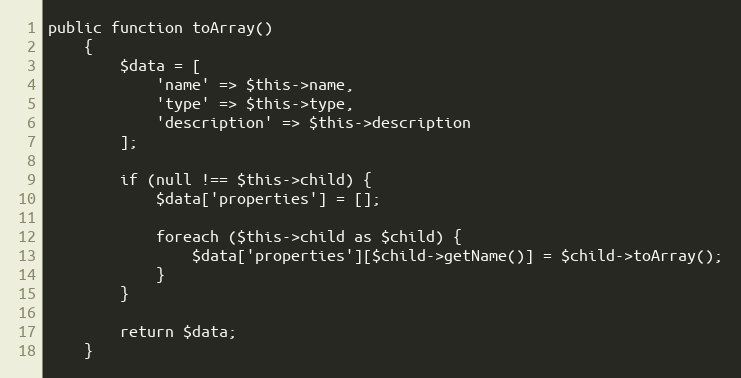
Language: PHP
public function toArray()
    {
        $data = [
            'name' => $this->name,
            'type' => $this->type,
            'description' => $this->description
        ];

        if (null !== $this->child) {
            $data['properties'] = [];

            foreach ($this->child as $child) {
                $data['properties'][$child->getName()] = $child->toArray();
            }
        }

        return $data;
    }